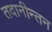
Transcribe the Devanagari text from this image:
तदानीन्तन